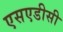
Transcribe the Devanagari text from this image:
एसएडीसी